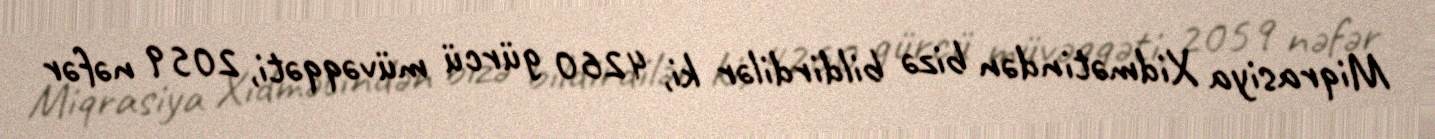
Miqrasiya Xidmətindən bizə bildirdilər ki, 4260 gürcü müvəqqəti, 2059 nəfər